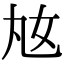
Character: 奿